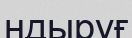
ндыруғ